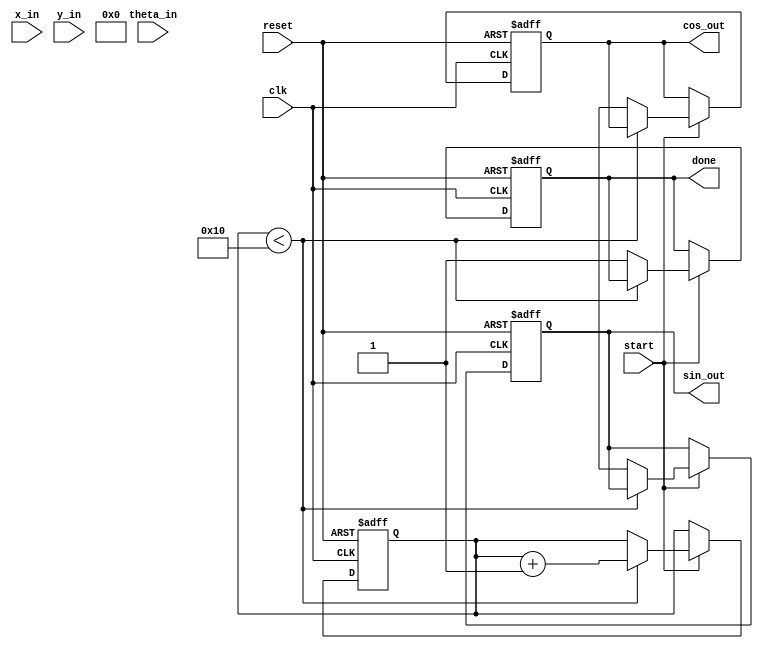
module cordic_floating_point (
    input wire clk,
    input wire reset,
    input wire start,
    input wire [31:0] x_in, // IEEE 754 single-precision floating-point input
    input wire [31:0] y_in, // IEEE 754 single-precision floating-point input
    input wire [31:0] theta_in, // Angle in radians (IEEE 754)
    output reg [31:0] cos_out, // Output for cos(theta)
    output reg [31:0] sin_out, // Output for sin(theta)
    output reg done // Indicates completion of computation
);

    // Parameters
    parameter NUM_ITERATIONS = 16; // Number of CORDIC iterations
    parameter CORDIC_GAIN = 32'h26DD3B6A; // Precomputed scaling factor (approx. 0.607)

    // Internal signals
    reg [31:0] x [0:NUM_ITERATIONS-1];
    reg [31:0] y [0:NUM_ITERATIONS-1];
    reg [31:0] theta [0:NUM_ITERATIONS-1];
    reg [4:0] iteration; // Iteration counter
    reg [31:0] atan_table [0:NUM_ITERATIONS-1]; // Lookup table for arctangent values

    // Initialize arctangent lookup table
    initial begin
        atan_table[0] = 32'h00000000; // atan(0)
        atan_table[1] = 32'h3F19999A; // atan(1/2)
        atan_table[2] = 32'h3F6DB6DB; // atan(1/4)
        // ... Fill in the rest of the atan values
    end

    // CORDIC computation process
    always @(posedge clk or posedge reset) begin
        if (reset) begin
            iteration <= 0;
            done <= 0;
            cos_out <= 0;
            sin_out <= 0;
        end else if (start) begin
            // Initialize inputs
            x[0] <= x_in;
            y[0] <= y_in;
            theta[0] <= theta_in;

            // CORDIC iterations
            if (iteration < NUM_ITERATIONS) begin
                // CORDIC rotation logic
                if (theta[iteration] < 0) begin
                    // Rotate clockwise
                    x[iteration + 1] <= x[iteration] + (y[iteration] >> iteration);
                    y[iteration + 1] <= y[iteration] - (x[iteration] >> iteration);
                    theta[iteration + 1] <= theta[iteration] + atan_table[iteration];
                end else begin
                    // Rotate counterclockwise
                    x[iteration + 1] <= x[iteration] - (y[iteration] >> iteration);
                    y[iteration + 1] <= y[iteration] + (x[iteration] >> iteration);
                    theta[iteration + 1] <= theta[iteration] - atan_table[iteration];
                end
                iteration <= iteration + 1;
            end else begin
                // Final output computation
                cos_out <= (x[NUM_ITERATIONS] * CORDIC_GAIN) >> 16; // Apply scaling
                sin_out <= (y[NUM_ITERATIONS] * CORDIC_GAIN) >> 16; // Apply scaling
                done <= 1; // Indicate completion
            end
        end
    end

endmodule